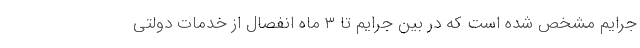
جرایم مشخص شده است که در بین جرایم تا ۳ ماه انفصال از خدمات دولتی